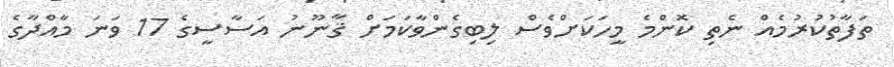
ތަފާތުކުރުމެއް ނެތި ކޮންމެ މީހަކަށްވެސް ލިބިގެންވާކަމަށް ޤާނޫނު އަސާސީގެ 17 ވަނަ މާއްދާގެ